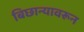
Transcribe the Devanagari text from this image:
बिछान्यावरून